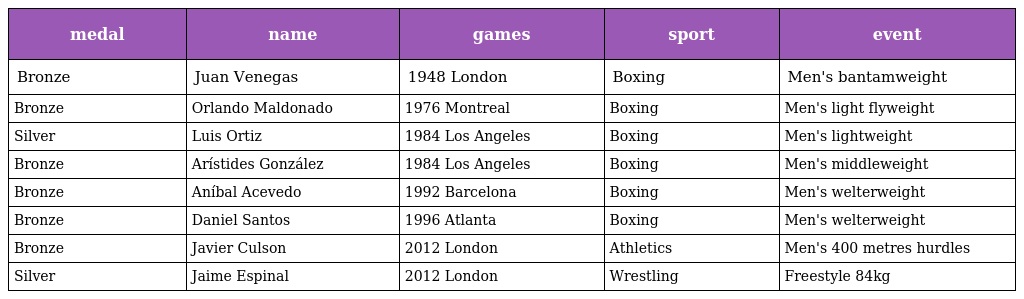
| medal | name | games | sport | event |
 | --- | --- | --- | --- | --- |
 | Bronze | Juan Venegas | 1948 London | Boxing | Men's bantamweight |
 | Bronze | Orlando Maldonado | 1976 Montreal | Boxing | Men's light flyweight |
 | Silver | Luis Ortiz | 1984 Los Angeles | Boxing | Men's lightweight |
 | Bronze | Arístides González | 1984 Los Angeles | Boxing | Men's middleweight |
 | Bronze | Aníbal Acevedo | 1992 Barcelona | Boxing | Men's welterweight |
 | Bronze | Daniel Santos | 1996 Atlanta | Boxing | Men's welterweight |
 | Bronze | Javier Culson | 2012 London | Athletics | Men's 400 metres hurdles |
 | Silver | Jaime Espinal | 2012 London | Wrestling | Freestyle 84kg |